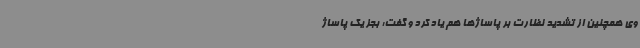
وی همچنین از تشدید نظارت بر پاساژها هم یاد کرد و گفت: بجز یک پاساژ